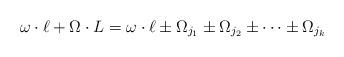
LaTeX: \begin{align*}\omega \cdot \ell + \Omega\cdot L = \omega \cdot \ell \pm \Omega_{j_1} \pm \Omega_{j_2}\pm \dots \pm \Omega_{j_k} \end{align*}